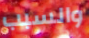
والسبب